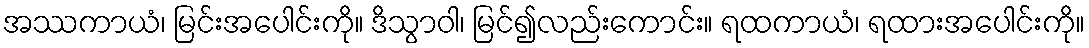
အဿကာယံ၊ မြင်းအပေါင်းကို။ ဒိသွာဝါ၊ မြင်၍လည်းကောင်း။ ရထကာယံ၊ ရထားအပေါင်းကို။